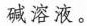
碱溶液。